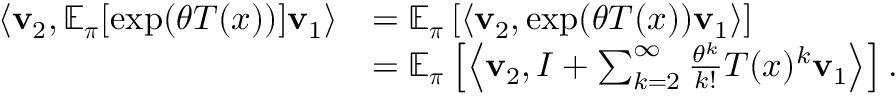
\begin{array} { r l } { \left\langle \mathbf { v } _ { 2 } , \mathbb { E } _ { \boldsymbol \pi } [ \exp ( \theta T ( x ) ) ] \mathbf { v } _ { 1 } \right\rangle } & { = \mathbb { E } _ { \boldsymbol \pi } \left[ \left\langle \mathbf { v } _ { 2 } , \exp ( \theta T ( x ) ) \mathbf { v } _ { 1 } \right\rangle \right] } \\ & { = \mathbb { E } _ { \boldsymbol \pi } \left[ \left\langle \mathbf { v } _ { 2 } , I + \sum _ { k = 2 } ^ { \infty } \frac { \theta ^ { k } } { k ! } T ( x ) ^ { k } \mathbf { v } _ { 1 } \right\rangle \right] . } \end{array}